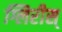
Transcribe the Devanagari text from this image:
ग्लिरीस्